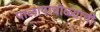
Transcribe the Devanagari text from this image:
पालापाचोळ्याची